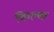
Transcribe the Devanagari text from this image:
किल्क